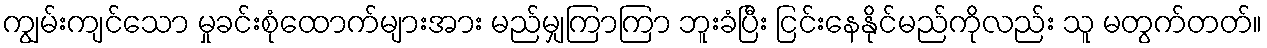
ကျွမ်းကျင်သော မှုခင်းစုံထောက်များအား မည်မျှကြာကြာ ဘူးခံပြီး ငြင်းနေနိုင်မည်ကိုလည်း သူ မတွက်တတ်။